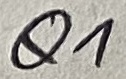
Text: Q1